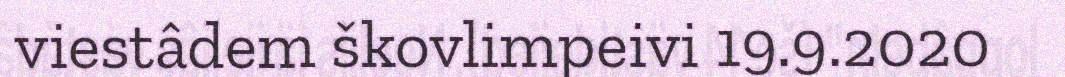
viestâdem škovlimpeivi 19.9.2020